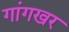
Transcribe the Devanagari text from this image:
गांगखर